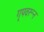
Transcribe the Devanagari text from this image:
गृपवरून